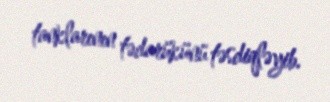
tanklarının tədarükünü təsdiqləyib.